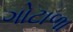
ગોટાળા